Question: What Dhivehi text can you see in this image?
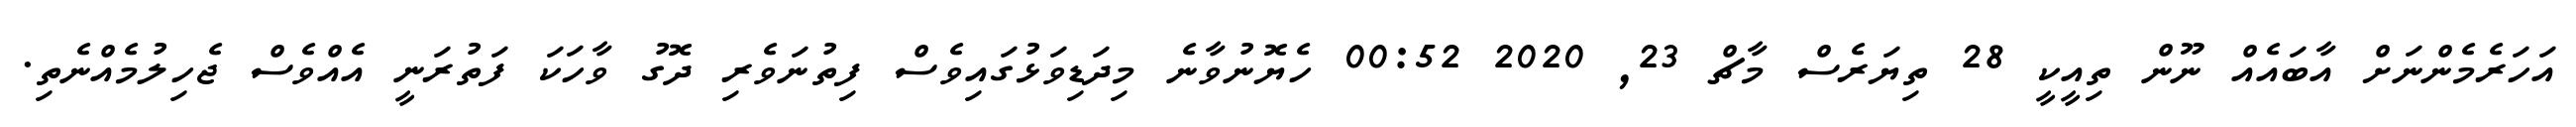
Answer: އަހަރެމެންނަށް އާބައެއް ނޫން ތިއީކީ 28 ތިޔަރެސް މާޗް 23, 2020 00:52 ހެޔޮނުވާނެ މިދަޑިވަޅުގައިވެސް ފިތުނަވެރި ދޮގު ވާހަކަ ފަތުރަނީ އެއްވެސް ޖެހިލުމެއްނެތި.